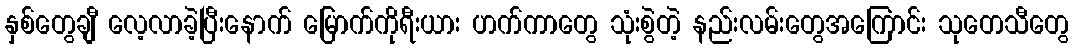
နှစ်တွေချီ လေ့လာခဲ့ပြီးနောက် မြောက်ကိုရီးယား ဟက်ကာတွေ သုံးစွဲတဲ့ နည်းလမ်းတွေအကြောင်း သုတေသီတွေ